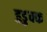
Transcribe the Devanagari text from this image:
हुडुक्क